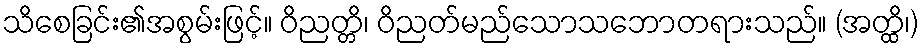
သိစေခြင်း၏အစွမ်းဖြင့်။ ဝိညတ္တိ၊ ဝိညတ်မည်သောသဘောတရားသည်။ (အတ္ထိ၊)